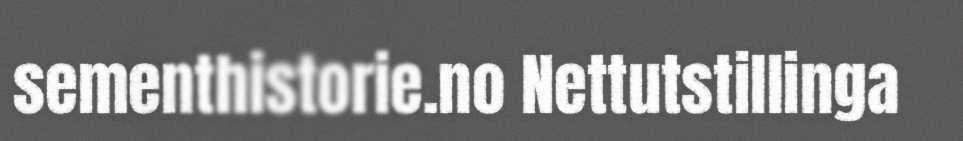
sementhistorie.no Nettutstillinga